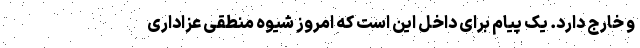
و خارج دارد. یک پیام برای داخل این است که امروز شیوه منطقی عزاداری